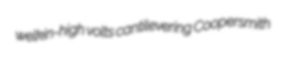
welkin-high volts cantilevering Coopersmith